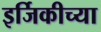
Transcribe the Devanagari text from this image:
इर्जिकीच्या